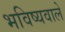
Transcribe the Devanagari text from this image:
भविष्यवाले